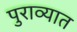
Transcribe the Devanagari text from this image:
पुराव्यात